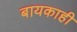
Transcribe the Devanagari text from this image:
बायकाही